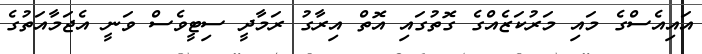
އައިއެސްގެ މައި މަރުކަޒެއްގެ ގޮތުގައި އޮތް އިރާގު ރަމާދީ ސިޓީވެސް ވަނީ އެޖަމާއަތުގެ